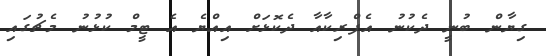
ގިޔާން ބުނީ ދެކުނު އެފްރިކާއާ ދެކޮޅަށް އިއްޔެ އެ ޓީމް ކުޅުނު މެޗުގައި